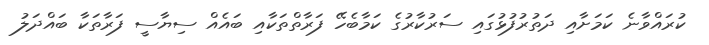
ކުރައްވާނެ ކަމަށާއި ދަތުރުފުޅުގައި ސަރުކާރުގެ ކަމާބެހޭ ފަރާތްތަކާއި ބައެއް ސިޔާސީ ފަރާތަކާ ބައްދަލު